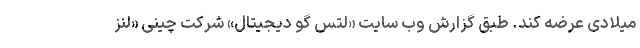
میلادی عرضه کند. طبق گزارش وب سایت «لتس گو دیجیتال» شرکت چینی «لنز